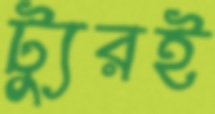
ট্যুরই